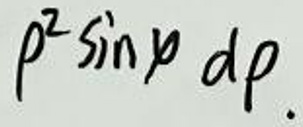
\(p^{2}\sin p dp.\)